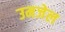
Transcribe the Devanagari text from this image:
उमजेल